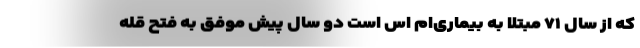
که از سال ۷۱ مبتلا به بیماری‌ام اس است دو سال پیش موفق به فتح قله